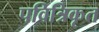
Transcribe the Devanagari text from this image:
पवित्रिकृत